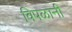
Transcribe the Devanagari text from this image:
विपळानी